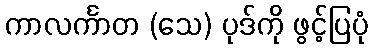
ကာလင်္ကာတ (သေ) ပုဒ်ကို ဖွင့်ပြပုံ